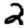
Digit: 2